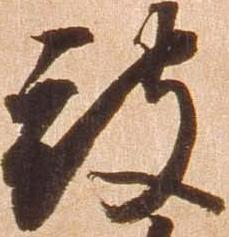
被